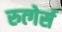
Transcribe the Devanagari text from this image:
रुत्गेर्स